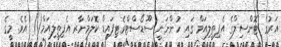
އަރުގެ ޓޮންސިލްގެ އެޕިތީލިއަމް ގައި ހުންނަނީ ސޫޑޯސްޓްރެޓިފައިޑް ކޮލަމްނާރ އެޕިތީލިއަމް() އެވެ. މީގެ